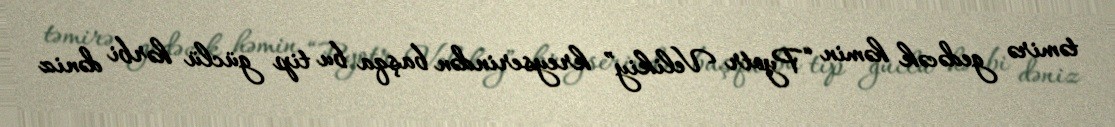
təmirə gedəcək həmin “Pyotr Velikiy” kreyserindən başqa bu tip güclü hərbi dəniz